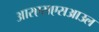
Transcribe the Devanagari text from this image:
आरएसएसआउल